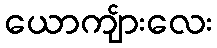
ယောကျ်ားလေး